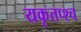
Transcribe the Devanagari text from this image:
यकृतप्श्च